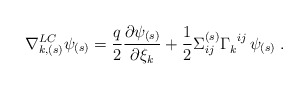
\begin{align*}\nabla_{k,(s)}^{LC}\psi_{(s)}={q\over 2}{\partial\psi_{(s)}\over\partial \xi_k}+{1\over 2}\Sigma_{ij}^{(s)}\Gamma_k^{\;\;ij}\,\psi_{(s)}\;.\end{align*}